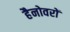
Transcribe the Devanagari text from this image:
हैनोवरों